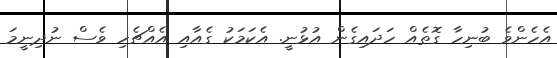
އެހެންވެ ބުނިހާ ގޮތެއް ހަދައިގެން އުޅުނީ. އެކަމަކު ގެއާއި އެއްޗެހި ވެސް ނުދިނީމަ